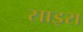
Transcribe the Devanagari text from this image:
साइरा